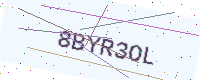
Text: 8BYR3OL